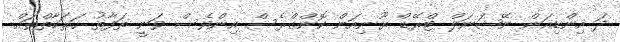
ދަ އިންޑިއަން ނޭޝަނަލް ޓްރޭޑް ޔޫނިއަން ކޮންގްރެސް އިންވެސް ވަނީ ތަފާތު ހަރަކާތްތައް